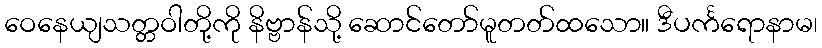
ဝေနေယျသတ္တဝါတို့ကို နိဗ္ဗာန်သို့ ဆောင်တော်မူတတ်ထသော။ ဒီပင်္ကရောနာမ၊